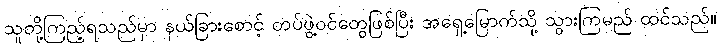
သူတို့ကြည့်ရသည်မှာ နယ်ခြားစောင့် တပ်ဖွဲ့ဝင်တွေဖြစ်ပြီး အရှေ့မြောက်သို့ သွားကြမည် ထင်သည်။